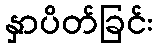
နှာပိတ်ခြင်း